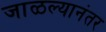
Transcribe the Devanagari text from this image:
जाळल्यानंतर